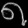
Digit: ၈